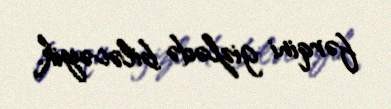
fərqini gizlədə biləcəyik.